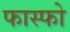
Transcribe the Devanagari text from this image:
फास्‍फो